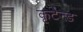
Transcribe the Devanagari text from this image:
कृटैन्ड